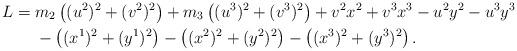
LaTeX: \begin{align*}L =\; &m_2\left((u^2)^2+(v^2)^2\right)+m_3\left((u^3)^2+(v^3)^2\right)+v^2x^2+v^3x^3-u^2 y^2 - u^3 y^3\\&-\left((x^1)^2+(y^1)^2\right)-\left((x^2)^2+(y^2)^2\right)-\left((x^3)^2+(y^3)^2\right).\end{align*}